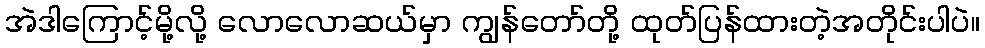
အဲဒါကြောင့်မို့လို့ လောလောဆယ်မှာ ကျွန်တော်တို့ ထုတ်ပြန်ထားတဲ့အတိုင်းပါပဲ။